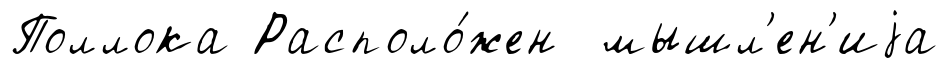
Поллока Располо́жен мышл'ен'иjа